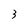
Character: 3